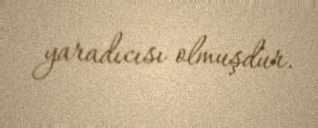
yaradıcısı olmuşdur.